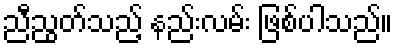
ညီညွတ်သည့် နည်းလမ်း ဖြစ်ပါသည်။